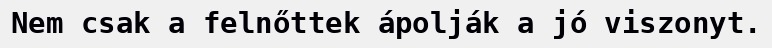
Nem csak a felnőttek ápolják a jó viszonyt.